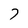
Character: 7